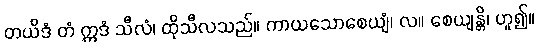
တယိဒံ တံ ဣဒံ သီလံ၊ ထိုသီလသည်။ ကာယသောစေယျံ၊ လ။ စေယျန္တိ၊ ဟူ၍။